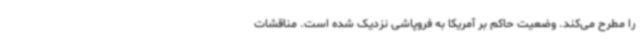
را مطرح می‌کند. وضعیت حاکم بر آمریکا به فروپاشی نزدیک شده است. مناقشات